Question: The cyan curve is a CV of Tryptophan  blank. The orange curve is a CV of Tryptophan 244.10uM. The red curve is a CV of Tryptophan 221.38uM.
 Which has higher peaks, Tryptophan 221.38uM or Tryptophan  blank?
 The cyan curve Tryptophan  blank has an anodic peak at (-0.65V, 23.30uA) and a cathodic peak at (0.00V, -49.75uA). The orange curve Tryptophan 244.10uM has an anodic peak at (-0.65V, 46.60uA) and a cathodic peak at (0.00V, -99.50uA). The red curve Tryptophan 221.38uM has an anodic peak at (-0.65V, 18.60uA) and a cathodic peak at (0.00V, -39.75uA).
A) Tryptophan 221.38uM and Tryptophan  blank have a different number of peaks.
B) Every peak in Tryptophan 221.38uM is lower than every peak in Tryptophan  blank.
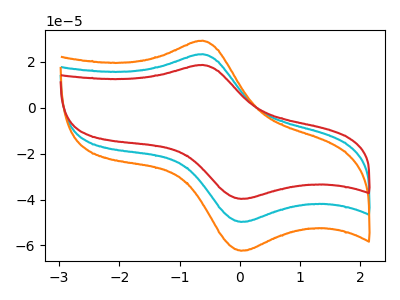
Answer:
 <answer>B) Every peak in "Tryptophan 221.38uM" is lower than every peak in "Tryptophan  blank".</answer>
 <eval>B</eval>